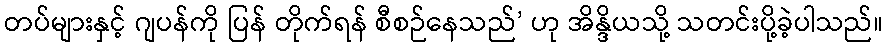
တပ်များနှင့် ဂျပန်ကို ပြန် တိုက်ရန် စီစဉ်နေသည်’ ဟု အိန္ဒိယသို့ သတင်းပို့ခဲ့ပါသည်။